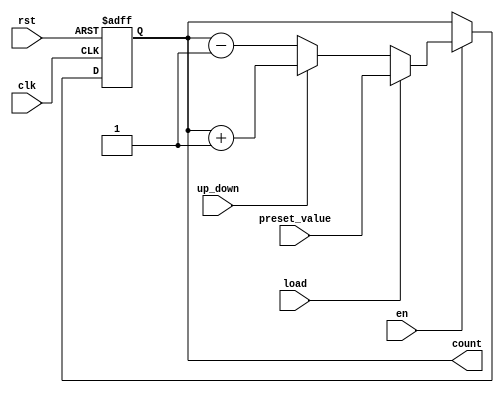
module Counter (
    input wire clk,
    input wire rst,
    input wire en,
    input wire up_down,
    input wire load,
    input wire [7:0] preset_value,  // 8 bit counter
    output reg [7:0] count
    );

    always @ (posedge clk or posedge rst)
    begin
        if (rst)
            count <= 8'b0;  // reset the counter to 0
        else if (en)
        begin
            if (load)
                count <= preset_value;  // load preset value to counter
            else if (up_down)
                count <= count + 1;  // increment counter
            else
                count <= count - 1;  // decrement counter
        end
    end

endmodule